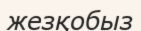
жезқобыз